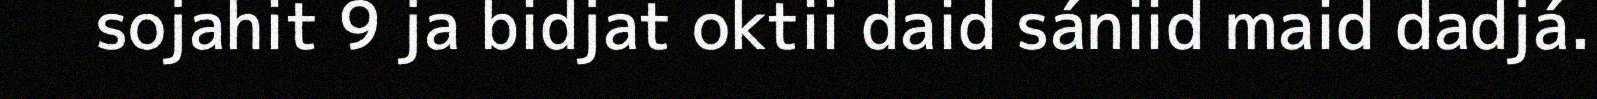
sojahit 9 ja bidjat oktii daid sániid maid dadjá.